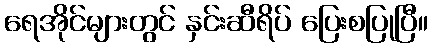
ရေအိုင်များတွင် နှင်းဆီရိပ် ပြေးစပြုပြီ။